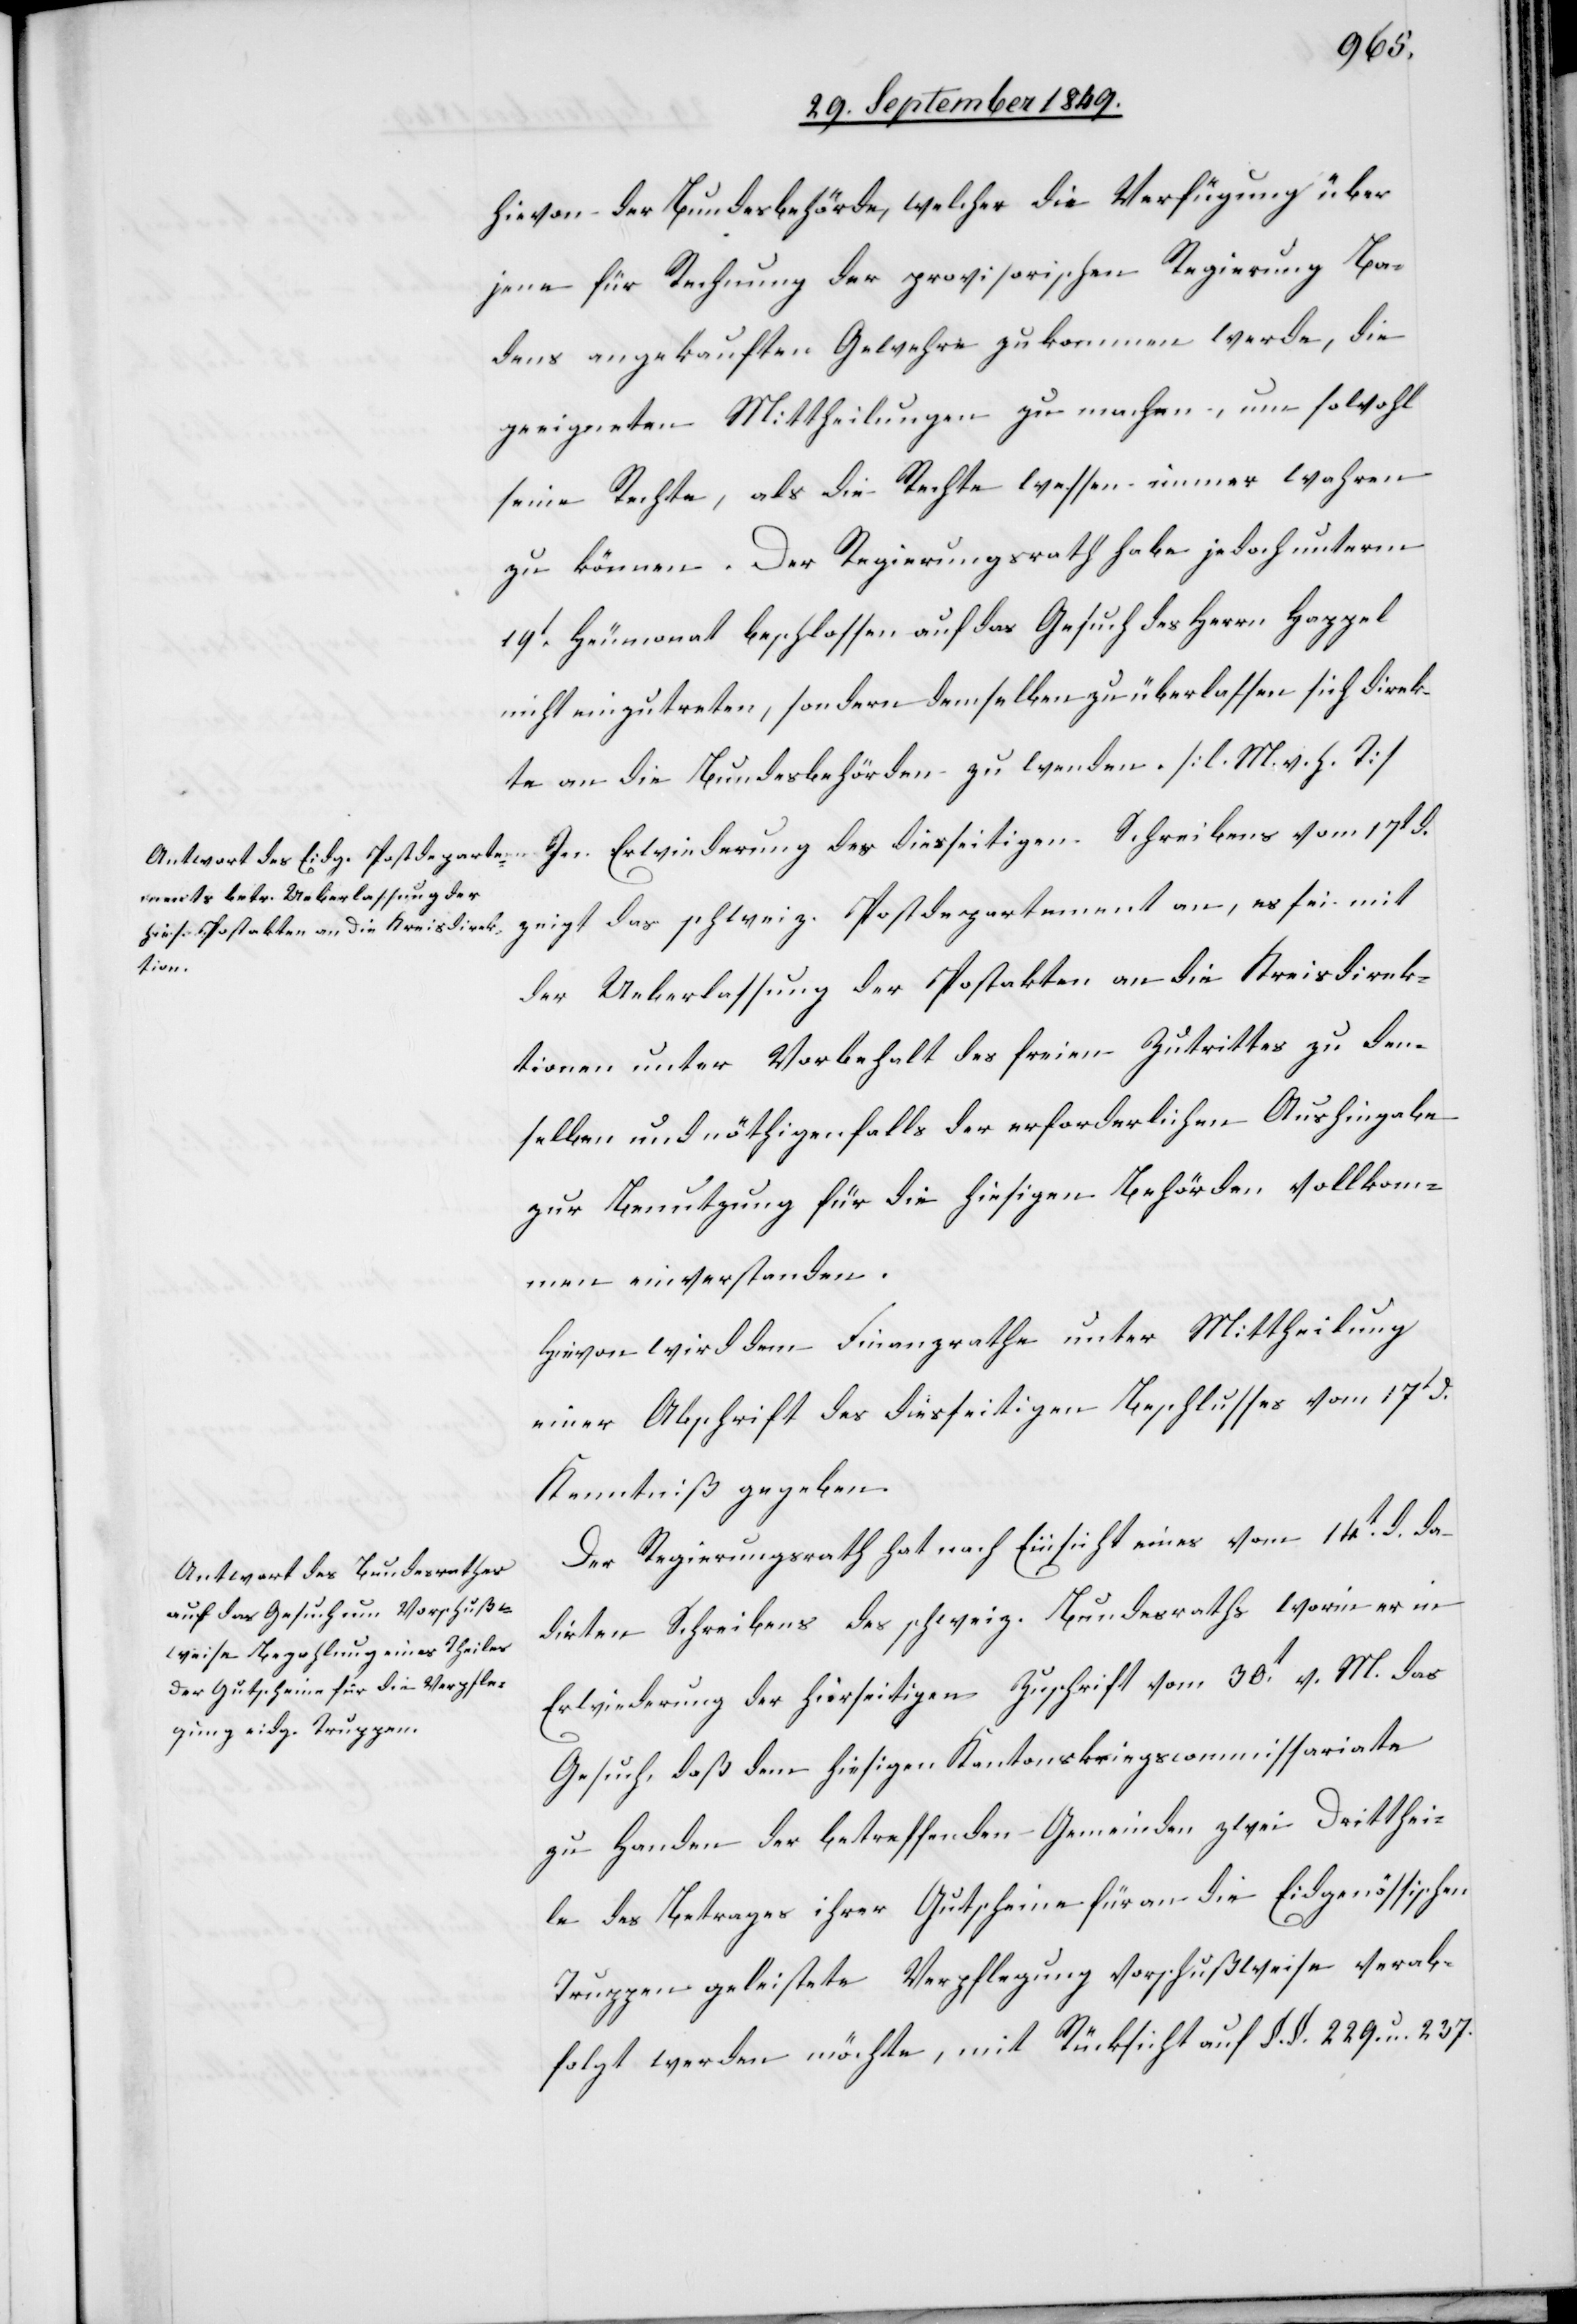
hievon der Bundesbehörde, welcher die Verfügung über
jene für Rechnung der provisorischen Regierung Ba¬
dens angekauften Gewehre zukommen werde, die
geeigneten Mittheilungen zu machen, um sowohl
seine Rechte, als die Rechte wessen immer wahren
zu können. Der Regierungsrath habe jedoch unterm
19t Heumonat beschlossen auf das Gesuch des Herrn Happel
nicht einzutreten, sondern demselben zu überlassen sich direk¬
te an die Bundesbehörden zu wenden. [l. M. v. h. T]
dirten
der Ueberlassung der Postakten an die Kreisdirek¬
tionen unter Vorbehalt des freien Zutrittes zu den¬
selben und nöthigenfalls der erforderlichen Aushingabe
zur Benutzung für die hiesigen Behörden vollkom¬
men einverstanden.
Hievon wird dem Finanzrathe unter Mittheilung
einer Abschrift des diesseitigen Beschlusses vom 17t d.
Kenntniß gegeben.
Der Regierungsrath hat nach Einsicht eines vom 14t d. da¬
[sic!] Schreibens des schweiz. Bundesraths worin er in
Erwiederung der hierseitigen Zuschrift vom 30t v. M. das
Gesuch, daß dem hiesigen Kantonskriegscommissariate
zu Handen der betreffenden Gemeinden zwei Dritthei¬
le des Betrages ihrer Gutscheine für an die Eidgenössischen
Truppen geleistete Verpflegung vorschußweise verab¬
folgt werden möchte, mit Rücksicht auf §. §. 229. u. 237.